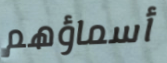
أسماؤهم